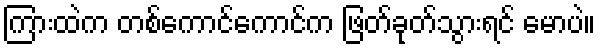
ကြားထဲက တစ်ကောင်ကောင်က ဖြတ်ခုတ်သွားရင် မောပဲ။